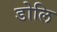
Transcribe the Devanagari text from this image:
डोलि